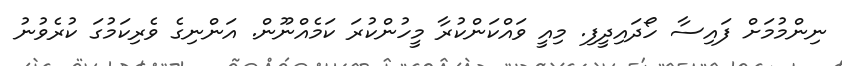
ނިންމުމަށް ފައިސާ ހޯދަައިދީފި. މިއީ ވައްކަންކުރާ މީހުންކުރަ ކަމެއްނޫން. އަންނިގެ ވެރިކަމުގަ ކުރެވުނު